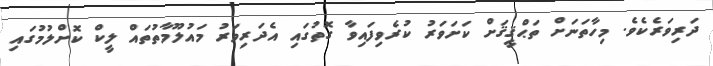
ދަރިވަރެކެވެ. މިހާތަނަށް ތަޙްޤީޤަށް ކަށަވަރު ކުރެވިފައިވާ ގޮތުގައި އެދަރިވަރު މައުލޫމާތުތައް ލީކް ކޮށްލުމުގައި